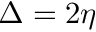
\Delta = 2 \eta